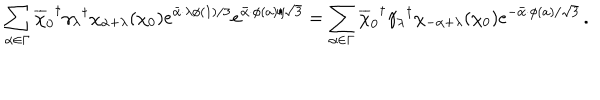
\sum _ { \alpha \in \Gamma } { \overline { { \chi } } _ { 0 } } ^ { \dagger } { \gamma _ { \lambda } } ^ { \dagger } \chi _ { \alpha + \lambda } ( \chi _ { 0 } ) e ^ { \bar { \alpha } \cdot \lambda \phi ( 1 ) / 3 } e ^ { \bar { \alpha } \cdot \phi ( a ) / \sqrt 3 } = \sum _ { \alpha \in \Gamma } { \overline { { \chi } } _ { 0 } } ^ { \dagger } { \gamma _ { \lambda } } ^ { \dagger } \chi _ { - \alpha + \lambda } ( \chi _ { 0 } ) e ^ { - \bar { \alpha } \cdot \phi ( a ) / \sqrt 3 } \, .